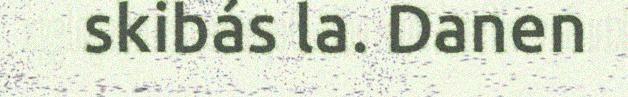
skibás la. Danen